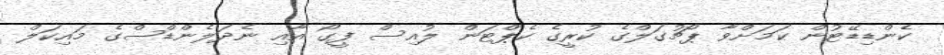
ކެންޑިޑޭޓުން ކަމަށްވާ ޕޯޗުގަލްގެ ކުރީގެ ކެޕްޓަން ލުއިސް ފީގޯ އާއި ނެދަލެންޑްސްގެ މައިކަލް